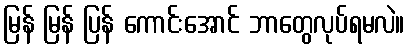
မြန် မြန် ပြန် ကောင်းအောင် ဘာတွေလုပ်ရမလဲ။